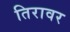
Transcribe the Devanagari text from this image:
तिरावर